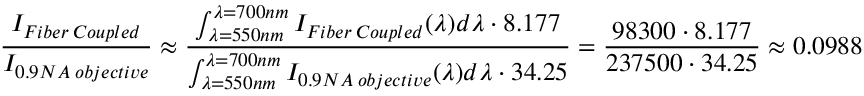
\frac { I _ { F i b e r \: C o u p l e d } } { I _ { 0 . 9 N A \: o b j e c t i v e } } \approx \frac { \int _ { \lambda = 5 5 0 n m } ^ { \lambda = 7 0 0 n m } I _ { F i b e r \: C o u p l e d } ( \lambda ) d \lambda \cdot 8 . 1 7 7 } { \int _ { \lambda = 5 5 0 n m } ^ { \lambda = 7 0 0 n m } I _ { 0 . 9 N A \: o b j e c t i v e } ( \lambda ) d \lambda \cdot 3 4 . 2 5 } = \frac { 9 8 3 0 0 \cdot 8 . 1 7 7 } { 2 3 7 5 0 0 \cdot 3 4 . 2 5 } \approx 0 . 0 9 8 8